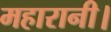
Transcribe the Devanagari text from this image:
महारानी।